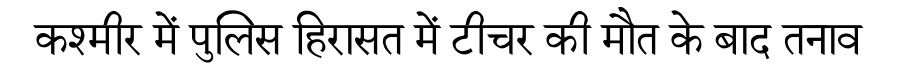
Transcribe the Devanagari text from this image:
कश्मीर में पुलिस हिरासत में टीचर की मौत के बाद तनाव